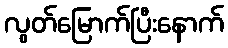
လွတ်မြောက်ပြီးနောက်